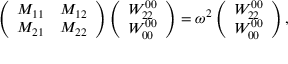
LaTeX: \left( \begin{array} { c c } { { M _ { 1 1 } } } & { { M _ { 1 2 } } } \\ { { M _ { 2 1 } } } & { { M _ { 2 2 } } } \end{array} \right) \left( \begin{array} { c } { { W _ { 2 2 } ^ { 0 0 } } } \\ { { W _ { 0 0 } ^ { 0 0 } } } \end{array} \right) = \omega ^ { 2 } \left( \begin{array} { c } { { W _ { 2 2 } ^ { 0 0 } } } \\ { { W _ { 0 0 } ^ { 0 0 } } } \end{array} \right) ,